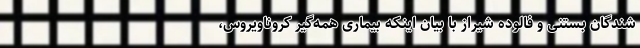
شندگان بستنى و فالوده شیراز با بیان اینکه بیمارى همه‌گیر کروناویروس،